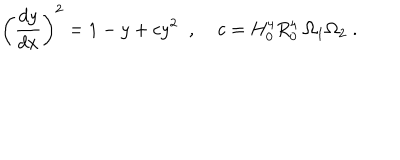
\left( \frac { d y } { d x } \right) ^ { 2 } = 1 - y + c y ^ { 2 } \; \; , \; c = H _ { 0 } ^ { 4 } R _ { 0 } ^ { 4 } \; \Omega _ { 1 } \Omega _ { 2 } \; .